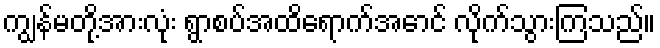
ကျွန်မတို့အားလုံး ရွာစပ်အထိရောက်အောင် လိုက်သွားကြသည်။